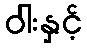
ဝါးနှင့်